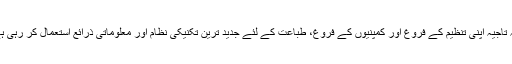
امہ تاجیہ اپنی تنظیم کے فروغ اور کمپنیوں کے فروغ، طباعت کے لئے جدید ترین تکنیکی نظام اور معلوماتی ذرائع استعمال کر رہی ہے۔